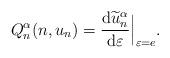
LaTeX: \begin{align*}Q_n^{\alpha}(n,u_n)=\frac{\operatorname{d}\!\widetilde{u}_n^{\alpha}}{\operatorname{d}\! \varepsilon}\Big|_{\varepsilon=e}.\end{align*}